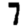
Digit: 7